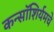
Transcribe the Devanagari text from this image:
कन्सॉशिर्यमचे